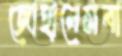
জোহানেসবা